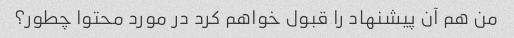
من هم آن پیشنهاد را قبول خواهم کرد در مورد محتوا چطور؟